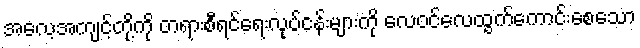
အလေ့အကျင့်တို့ကို တရားစီရင်ရေးလုပ်ငန်းများကို လေဝင်လေထွက်ကောင်းစေသော